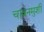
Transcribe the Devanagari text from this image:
चावनमुशी